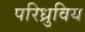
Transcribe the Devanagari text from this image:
परिध्रुविय